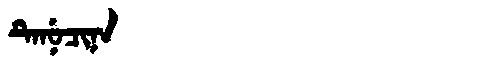
Manchu: ᡨᡝᠨᡠᠴᡳᠨᠠ
Romanization: TENUCINA